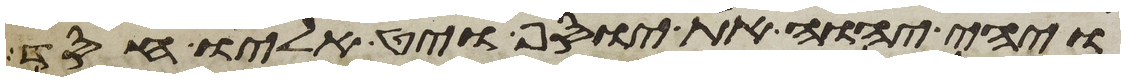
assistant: ויהי יהוה את יוסף ויט אליו חסד